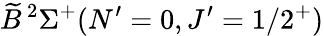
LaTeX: \widetilde{B}\, ^{2}\Sigma^{+}(N^{\prime}=0,J^{\prime}=1/2^{+})